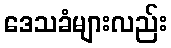
ဒေသခံများလည်း